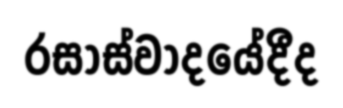
රසාස්වාදයේදීද